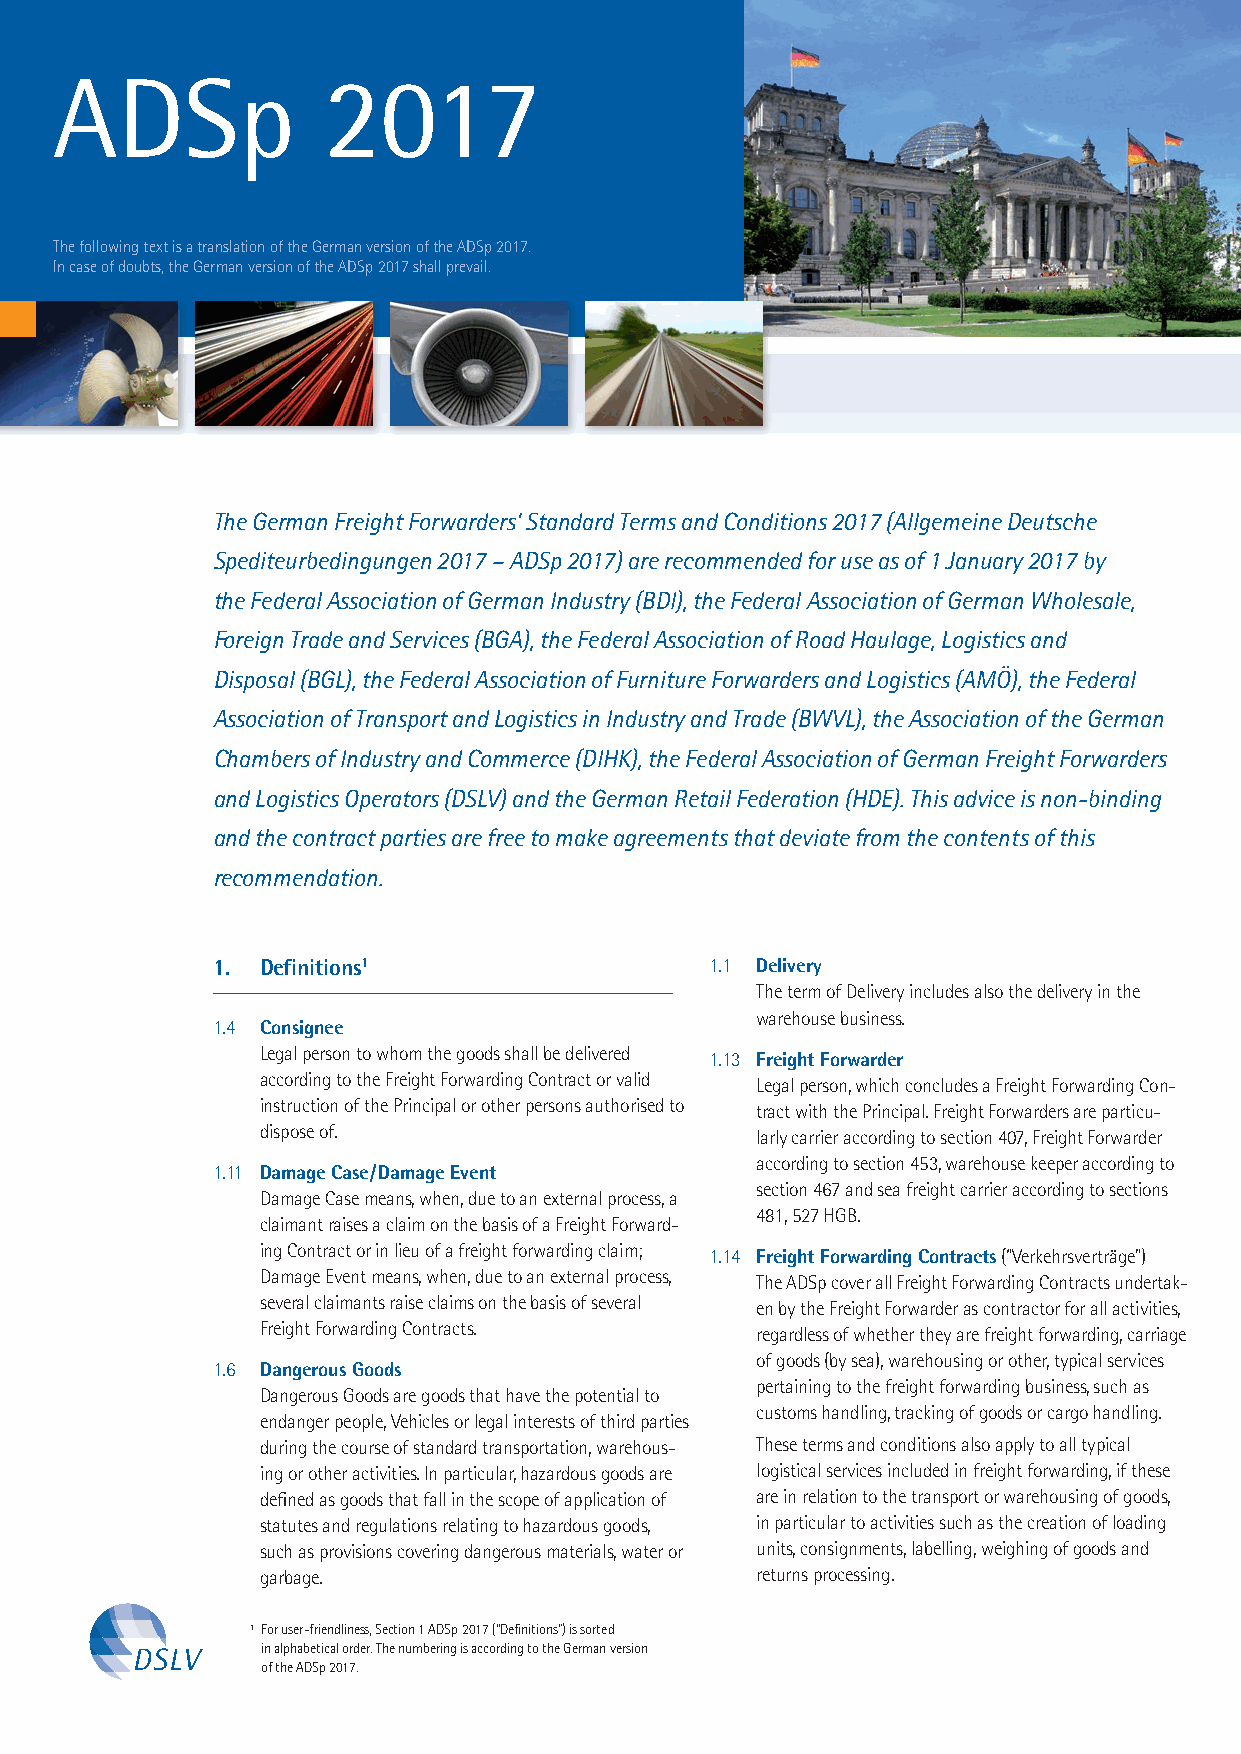
ADSp              2017
 The following text is a translation of the German version of the ADSp 2017.
 In case of doubts, the German version of the ADSp 2017 shall prevail.
 The German Freight Forwarders’ Standard Terms and Conditions 2017 (Allgemeine Deutsche
 Spediteurbedingungen 2017 – ADSp 2017) are recommended for use as of 1 January 2017 by
 the Federal Association of German Industry (BDI), the Federal Association of German Wholesale,
 Foreign Trade and Services (BGA), the Federal Association of Road Haulage, Logistics and
 Disposal (BGL), the Federal Association of Furniture Forwarders and Logistics (AMÖ), the Federal
 Association of Transport and Logistics in Industry and Trade (BWVL), the Association of the German
 Chambers of Industry and Commerce (DIHK), the Federal Association of German Freight Forwarders
 and Logistics Operators (DSLV) and the German Retail Federation (HDE). This advice is non-binding
 and the contract parties are free to make agreements that deviate from the contents of this
 recommendation.
 1. Definitions1                  1.1 Delivery
 The term of Delivery includes also the delivery in the
 warehouse business.
 1.4 Consignee
 Legal person to whom the goods shall be delivered 1.13 Freight Forwarder
 according to the Freight Forwarding Contract or valid Legal person, which concludes a Freight Forwarding Con-
 instruction of the Principal or other persons authorised to tract with the Principal. Freight Forwarders are particu-
 dispose of.                      larly carrier according to section 407, Freight Forwarder
 according to section 453, warehouse keeper according to
 1.11 Damage Case/Damage Event
 section 467 and sea freight carrier according to sections
 Damage Case means, when, due to an external process, a
 481, 527 HGB.
 claimant raises a claim on the basis of a Freight Forward-
 ing Contract or in lieu of a freight forwarding claim; 1.14 Freight Forwarding Contracts (“Verkehrsverträge”)
 Damage Event means, when, due to an external process, The ADSp cover all Freight Forwarding Contracts undertak-
 several claimants raise claims on the basis of several en by the Freight Forwarder as contractor for all activities,
 Freight Forwarding Contracts.    regardless of whether they are freight forwarding, carriage
 of goods (by sea), warehousing or other, typical services
 1.6 Dangerous Goods
 pertaining to the freight forwarding business, such as
 Dangerous Goods are goods that have the potential to
 customs handling, tracking of goods or cargo handling.
 endanger people, Vehicles or legal interests of third parties
 during the course of standard transportation, warehous- These terms and conditions also apply to all typical
 ing or other activities. In particular, hazardous goods are logistical services included in freight forwarding, if these
 defined as goods that fall in the scope of application of are in relation to the transport or warehousing of goods,
 statutes and regulations relating to hazardous goods, in particular to activities such as the creation of loading
 such as provisions covering dangerous materials, water or units, consignments, labelling, weighing of goods and
 garbage.                         returns processing.
 1 For user-friendliness, Section 1 ADSp 2017 (“Definitions”) is sorted
 in alphabetical order. The numbering is according to the German version
 of the ADSp 2017.